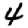
Digit: 4